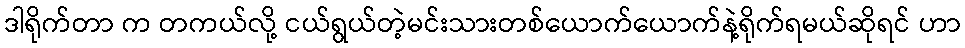
ဒါရိုက်တာ က တကယ်လို့ ငယ်ရွယ်တဲ့မင်းသားတစ်ယောက်ယောက်နဲ့ရိုက်ရမယ်ဆိုရင် ဟာ